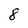
Character: 8